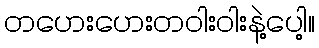
တဟေးဟေးတဝါးဝါးနဲ့ပေါ့။